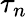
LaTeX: \tau_{n}